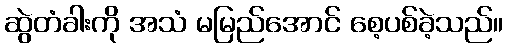
ဆွဲတံခါးကို အသံ မမြည်အောင် စေ့ပစ်ခဲ့သည်။